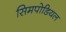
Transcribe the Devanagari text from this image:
सिमपोडियल